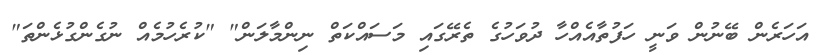
އަހަރެން ބޭނުން ވަނީ ހަފުތާއެއްހާ ދުވަހުގެ ތެރޭގައި މަސައްކަތް ނިންމާލަން" "ކުރެހުމެއް ނުގެންގުޅެންތަ"